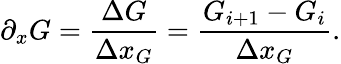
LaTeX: \partial_{x}G=\frac{\Delta G}{\Delta x_{G}}=\frac{G_{i+1}-G_{i}}{\Delta x_{G}}.